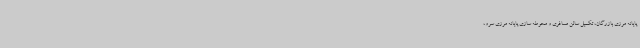
پایانه مرزی بازرگان، تکمیل سالن مسافری و محوطه سازی پایانه مرزی سرو،